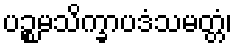
ပဉ္စမသိက္ခာပဒံသမတ္တံ၊